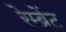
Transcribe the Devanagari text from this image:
रेम्ब्रेंट